Civil Veterinary Department. Madras. Admin. report 1926-33 - 1926-1933
Year: 1926
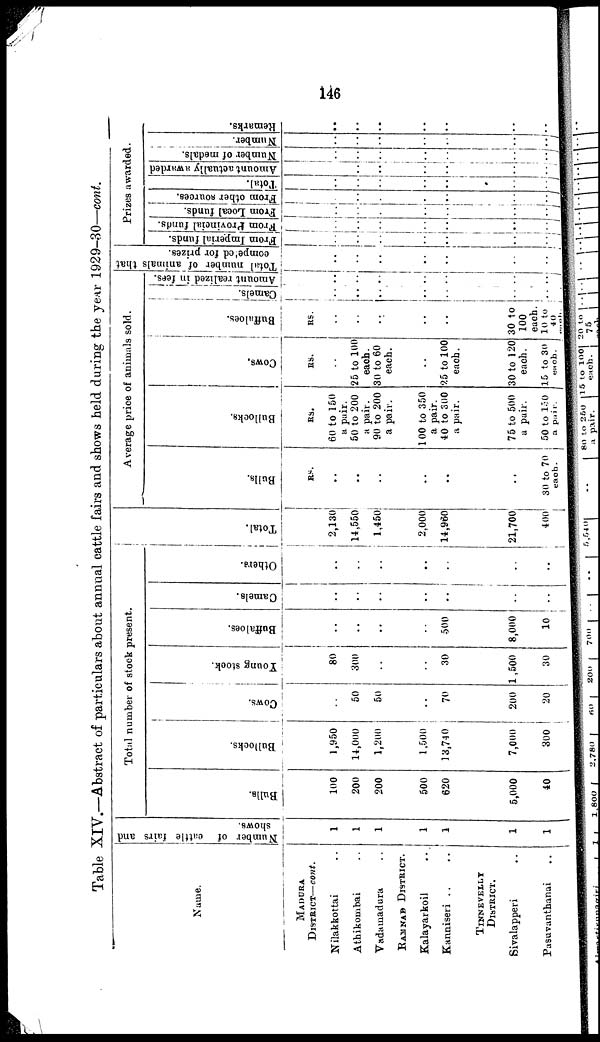
146
Table XIV.—Abstract of particulars about annual cattle fairs and shows held during the year 1929-30—cont.
Name.
MADURA
DISTRICT—cont.
Nilakkottai ..
Athikombai ..
Vadamadura ..
RAMNAD DISTRICT.
Kalayarkoil ..
Kanniseri ..
TINNEVELLY
DISTRICT.
Sivalapperi ..
Pasuvanthanai ..
Number of cattle fairs and
shows.
1
1
1
1
1
1
1
Total number of stock present.
Bulls.
100
200
200
500
620
5,000
40
Bullocks.
1,950
14,000
1,200
1,500
13,740
7,000
300
Cows.
..
50
50
..
70
200
20
Young stook.
80
300
..
..
30
1,500
30
Buffaloes.
..
..
..
..
500
8,000
10
Camels.
..
..
..
..
..
..
..
Others.
..
..
..
..
..
..
..
Tot al .
2,130
14,550
1,450
2,000
14,960
21,700
400
Average price of animals sold.
Bulls.
RS.
..
..
..
..
..
30 to 70
each.
Bullocks.
RS.
60 to 150
a pair.
50 to 200
a pair.
90 to 200
a pair.
100 to 350
a pair.
40 to 300
a pair.
75 to 500
a pair.
50 to 150
a pair.
Cows.
RS.
..
25 to 100
each.
30 to 60
each.
..
25 to 100
each.
30 to 120
each.
15 to 30
each.
Buffaloes.
RS.
..
..
..
..
..
30 to
100
each.
10 to
40
each.
Camels.
..
..
..
..
..
..
..
Amount realized in fees.
..
..
..
..
..
..
..
Total number of animals that
competed
for prizes.
..
..
..
..
..
..
..
Prizes awarded.
From Imperial funds.
..
..
..
..
..
..
..
From Provincial funds.
..
..
..
..
..
..
..
From Local funds.
|
..
..
..
..
..
..
..
From other sources.
..
..
..
..
..
..
..
Total.
..
..
..
..
..
..
..
Amount actually awarded
..
..
..
..
..
..
..
Number of medals.
|
..
..
..
..
..
..
..
Number.
..
..
..
..
..
..
..
Remarks.
..
..
..
..
..
..
..